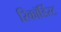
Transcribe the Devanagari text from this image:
रिकॉर्डिस्ट